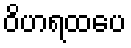
ဝိဟရထပေ